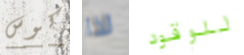
كوس لذا للوقود